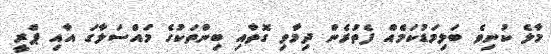
މާލެ ކުނިވެ ބަލިމަޑުކަމެއް ފެތުރެން ދިމާވި ގޮތާއި ބިންތަކުގެ މައްސަލާގަ އާއި ޕްރީ